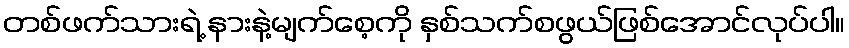
တစ်ဖက်သားရဲ့ နားနဲ့မျက်စေ့ကို နှစ်သက်စဖွယ်ဖြစ်အောင်လုပ်ပါ။